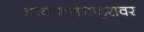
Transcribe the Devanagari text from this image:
मावाराननाहरावर